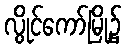
လွိုင်ကော်မြို့၌